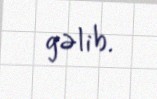
gəlib.